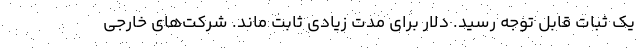
یک ثبات قابل توجه رسید. دلار برای مدت زیادی ثابت ماند. شرکت‌های خارجی